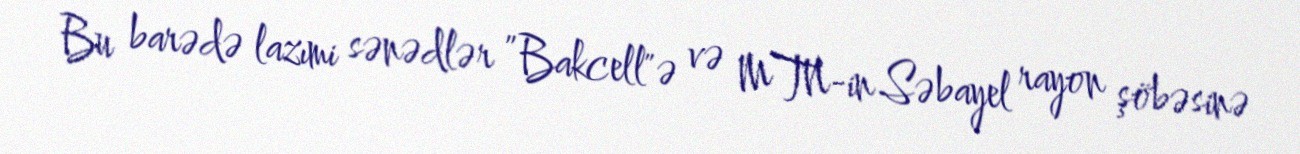
Bu barədə lazımi sənədlər ”Bakcell"ə və MTN-in Səbayel rayon şöbəsinə